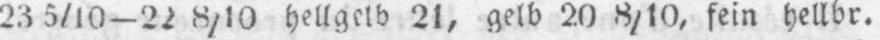
23 5/10-22 8/10 hellgelb 21, gelb 20 8/10, fein hellbr.